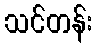
သင်တန်း